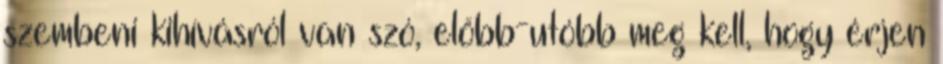
szembeni kihívásról van szó, előbb-utóbb meg kell, hogy érjen